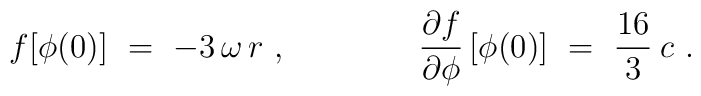
f[\phi(0)]\ =\ -3\, \omega\, r\ ,  \qquad \qquad  \frac{\partial f}{\partial \phi}\, [\phi(0)]\ =\ \frac{16}{3}\: c\ .